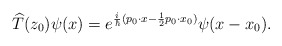
\begin{align*}\widehat{T}(z_{0})\psi(x)=e^{\frac{i}{\hbar}(p_{0}\cdot x-\frac{1}{2}p_{0}\cdot x_{0})}\psi(x-x_{0}). \end{align*}